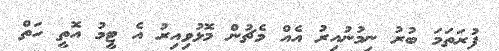
ފުރަތަމަ ބުރު ނިމުނުއިރު އެއް މެޗުން މޮޅުވިއިރު އެ ޓީމު އޮތީ ހަތް